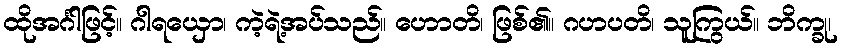
ထိုအင်္ဂါဖြင့်။ ဂါရယှော၊ ကဲ့ရဲ့အပ်သည်။ ဟောတိ၊ ဖြစ်၏။ ဂဟပတိ၊ သူကြွယ်။ ဘိက္ခု၊